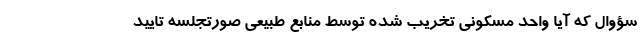
سؤوال که آیا واحد مسکونی تخریب شده توسط منابع طبیعی صورتجلسه تایید